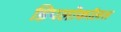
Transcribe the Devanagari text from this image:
डिपलोकॉलस